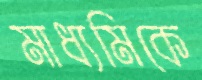
মাধ্যমিকে